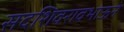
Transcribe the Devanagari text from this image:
सदशिवरावभाऊने